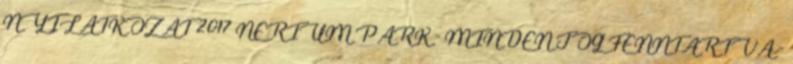
NYILATKOZAT 2017 NERIUM PARK - MINDEN JOG FENNTARTVA -